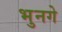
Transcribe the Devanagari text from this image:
भुनगे